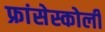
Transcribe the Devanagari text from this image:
फ्रांसेस्कोली